Annual report of the Bengal Veterinary College and of the Civil Veterinary Department, Bengal, for the year 1919-20 - 1919-1920
Year: 1919
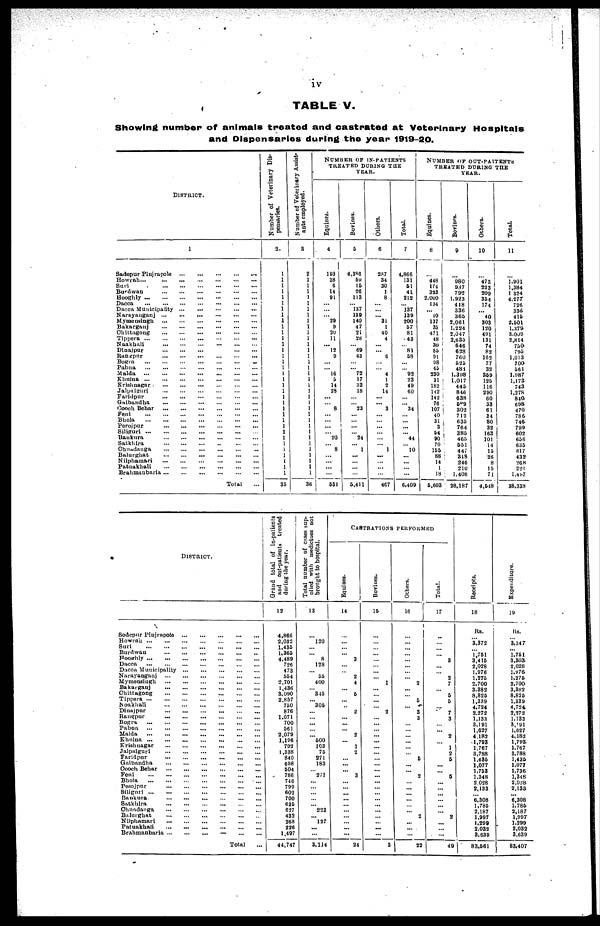
iv
TABLE V.
Showing number of animals treated and castrated at Veterinary Hospitals
and Dispensaries during the year 1919-20.
DISTRICT.
1
Sadepur Pinjrapole
...
...
...
...
...
Howrah
...
...
...
...
...
...
...
Suri
...
...
...
...
...
...
Burdwan
...
...
...
...
...
...
Hooghly
...
...
...
...
...
...
...
Dacca
...
...
...
...
...
...
...
...
Dacca Municipality
...
...
...
...
...
Narnyanganj
...
...
...
...
...
...
Mymensingh
...
...
...
...
...
...
Bakarganj
...
...
...
...
...
...
Chittagong
...
...
...
...
...
...
Tippera
...
...
...
...
...
...
...
Naakhali ... ... ... ... ... ...
Dinajpur
...
...
...
...
...
Rangpur
...
...
...
...
...
...
Bogra
...
...
...
...
...
...
...
Pabna
...
...
...
...
...
...
...
Malda ... ... ... ... ... ... ...
Khulna
...
...
...
...
...
...
...
Krishnagar
...
...
...
...
...
...
Jalpaiguri
...
...
...
...
...
...
Faridpur
...
...
...
...
...
...
Gaibandha
...
...
...
...
...
...
Cooch Behar
...
...
...
...
...
...
Feni
...
...
...
...
...
...
...
Bhola
...
...
...
...
...
...
...
Perojpur
...
...
...
...
...
...
Siliguri
...
...
...
...
...
...
...
Bankura
...
...
...
...
...
...
Satkhira
...
...
...
...
...
...
Ohuadanga
...
...
...
...
...
...
Balurghat
...
...
...
...
...
...
Nilphamari
...
...
...
...
...
...
Patuakhali
...
...
...
...
...
...
Brahmanbaria
...
...
...
...
...
...
Total ...
Number of Veterinary Dis-
pensaries.
2
1
1
1
1
1
1
1
1
1
1
1
1
1
1
1
1
1
1
1
1
1
1
1
1
1
1
1
1 1
1
1
1
1
1
1
35
Number of Veterinary Assist-
ants employed.
3
2
1
1
1
1
1
1
1
1
1
1
1
1
1
1
1
1
1
1
1
1
1
1
1
1
1
1
1
1
1
1
1
1
1
1
36
NUMBER OF IN-PATIENTS
TREATED DURING THE
YEAR.
Equines.
4
193
38
6
14
91
...
...
...
29
9
20
11
...
12
9
...
... 16
5
14
28
...
...
8
...
...
...
...
20
...
8
...
...
...
...
531
Bovines.
5
4,386
59
15
26
113
...
137
139
140
47
21
28
... 69
43
...
...
72
17
33
18
...
...
23
...
...
...
...
24
...
1
...
...
...
...
5,411
Others.
6
287
34
30
1
8
...
...
... 31
1
40
4
...
... 6
...
...
4
1
2
14
...
...
3
...
...
...
...
...
...
1
...
...
...
...
467
Total.
7
4,866
131
51
41
212
...
137
139
200
57
81
43
...
81
58
...
...
92
23
49
60
...
...
34
...
...
...
...
44
...
10
...
...
...
...
6,409
NUMBER OF OUT-PATIENTS
TREATED DURING THE
YEAR.
Equines.
8
...
448
174
333
2,000
134
... 10
137
35
471
48
30
85
91
98
45
230
31
182
142
142
76
107
40
31
3
54
90
70
155
88
14
1
18
5,603
Bovines.
9
...
980
987
792
1,923
418
336
365
2,061
1,224
2,047
2,635
646
628
760
525
484
1,398
1,017
445
846
638
589
.302
712
635
764
385
465
651
447
318
246
210
1,408
28,187
Others.
10
...
473
223
209
354
174
... 40
303
120
491
131
74
82
162
77
32
359
125
116
290
60
33
61
34
80
32
163
101
14
15
26
8
15
71
4,648
Total.
11
...
1,901 1,384
1 324
4,277
726
336
415
2,501
1,379
3,009
2,814
750
795
1,013
700
561
1,987
1,173
743
1,278
840
698
470
786
746
799
602
656
635
617
432
268
226
1,497
38,338
DISTRICT.
Sodepur Piujrapole
...
...
...
...
...
Howrah
...
...
...
...
...
...
Suri
...
...
...
...
...
...
Burdwan
...
...
...
...
...
...
Hooghly
...
...
...
...
...
...
Dacca
...
...
...
...
...
...
...
...
...
Dacca Municipality
...
...
...
...
...
...
Narayanganj
...
...
...
...
...
...
Mymensingh
...
...
...
...
...
...
Bakarganj
...
...
...
...
...
...
Chittagong
...
...
...
...
...
...
Tippera
...
...
...
...
...
...
...
Noakhali
...
...
...
...
...
...
Dinajpur
...
...
...
...
...
...
Rangpur
...
...
...
...
...
...
Bogra
...
...
...
...
...
...
Pabua
...
...
...
...
...
...
...
Malda
...
...
...
...
...
...
...
Khulna
...
...
...
...
...
...
...
Krishnagar
...
...
...
...
...
...
Jalpaiguri
...
...
...
...
...
...
Faridpur
...
...
...
...
...
...
Gaibandha
...
...
...
...
...
...
Cooch Behar
...
...
...
...
...
...
Foni
...
...
...
...
...
...
...
Bhola
...
...
...
...
...
...
...
Posojpur
...
...
...
...
...
...
Siliguri
...
...
...
...
...
...
...
Bankura
...
...
...
...
...
...
Satkhira
...
...
...
...
...
...
Chuadanga
...
...
...
...
...
...
Balurghat
...
...
...
...
...
...
Nilphamari
...
...
...
...
...
...
Patuakhali
...
...
...
...
...
...
Brahmanbaria
...
...
...
...
...
...
Total ...
Grand
total of in-patients
and out-patients treated
during the year.
12
4,866
2,032
1,435
1,365
4,489
726
473
554
2,701
1,436
3.090
2.857
750
876
1.071
700
561
2,079
1,196
792
1,338
840
698
504
786
746
799
602
700
635
627
432
268
226
1,497
44,747
Total number of cases sup-
plied
with medicines not
brought to hospital.
13
...
120
...
...
8
128
...
55
400
...
345
...
305
...
...
...
...
...
500
103
75
271
183
...
271
...
...
...
...
...
223
...
17
...
...
3,114
CASTRATIONS PERFORMED
Equines.
14
...
...
...
...
3
...
...
2
4
...
5
...
...
2
...
...
...
2
...
1
2
...
...
...
3
...
...
...
...
...
...
...
...
...
...
24
Bovines.
15
...
...
...
...
...
...
...
...
1
...
...
...
...
2
...
...
...
...
...
...
...
...
...
...
...
...
...
...
...
...
...
...
...
...
...
3
Others.
16
...
...
...
...
...
...
...
...
2
...
...
5
...
3
3
...
...
...
...
...
...
6
...
...
2
...
...
...
...
...
...
2
...
...
...
22
Total.
17
......
...
...
...
3
...
...
2
7
...
5
5
...
7
3
...
...
2
...
1
2
5
...
...
6
...
...
...
...
...
...
2
...
...
49
Receipts.
18
Rs.
...
3,372
...
1,751
3,415
2,028
1,976
1,275
2,700
3,382
8,826
1,339
4,724
2,272
1,133
3,191
1,627
4.182
1,793
1,767
3,788
1,435
1,077
1,753
1,348
2,028
2,133
...
6,308
1,785
2,187
1,997
1,299
2,032
3,639
83,661
Expenditure.
19
Rs.
...
3,347
...
1,751
3,303
2,028
1,976
1,275
2,700
3,382
8,825
1,339
4,724
2,272
1,133
3,191
1,627
4,182
1,793
1,767
3,788
1,435
1,077
1,736
1,348
2,028
2,133
...
6,308
1,785
2,187
1,997
1,299
2,032
3,639
83,407